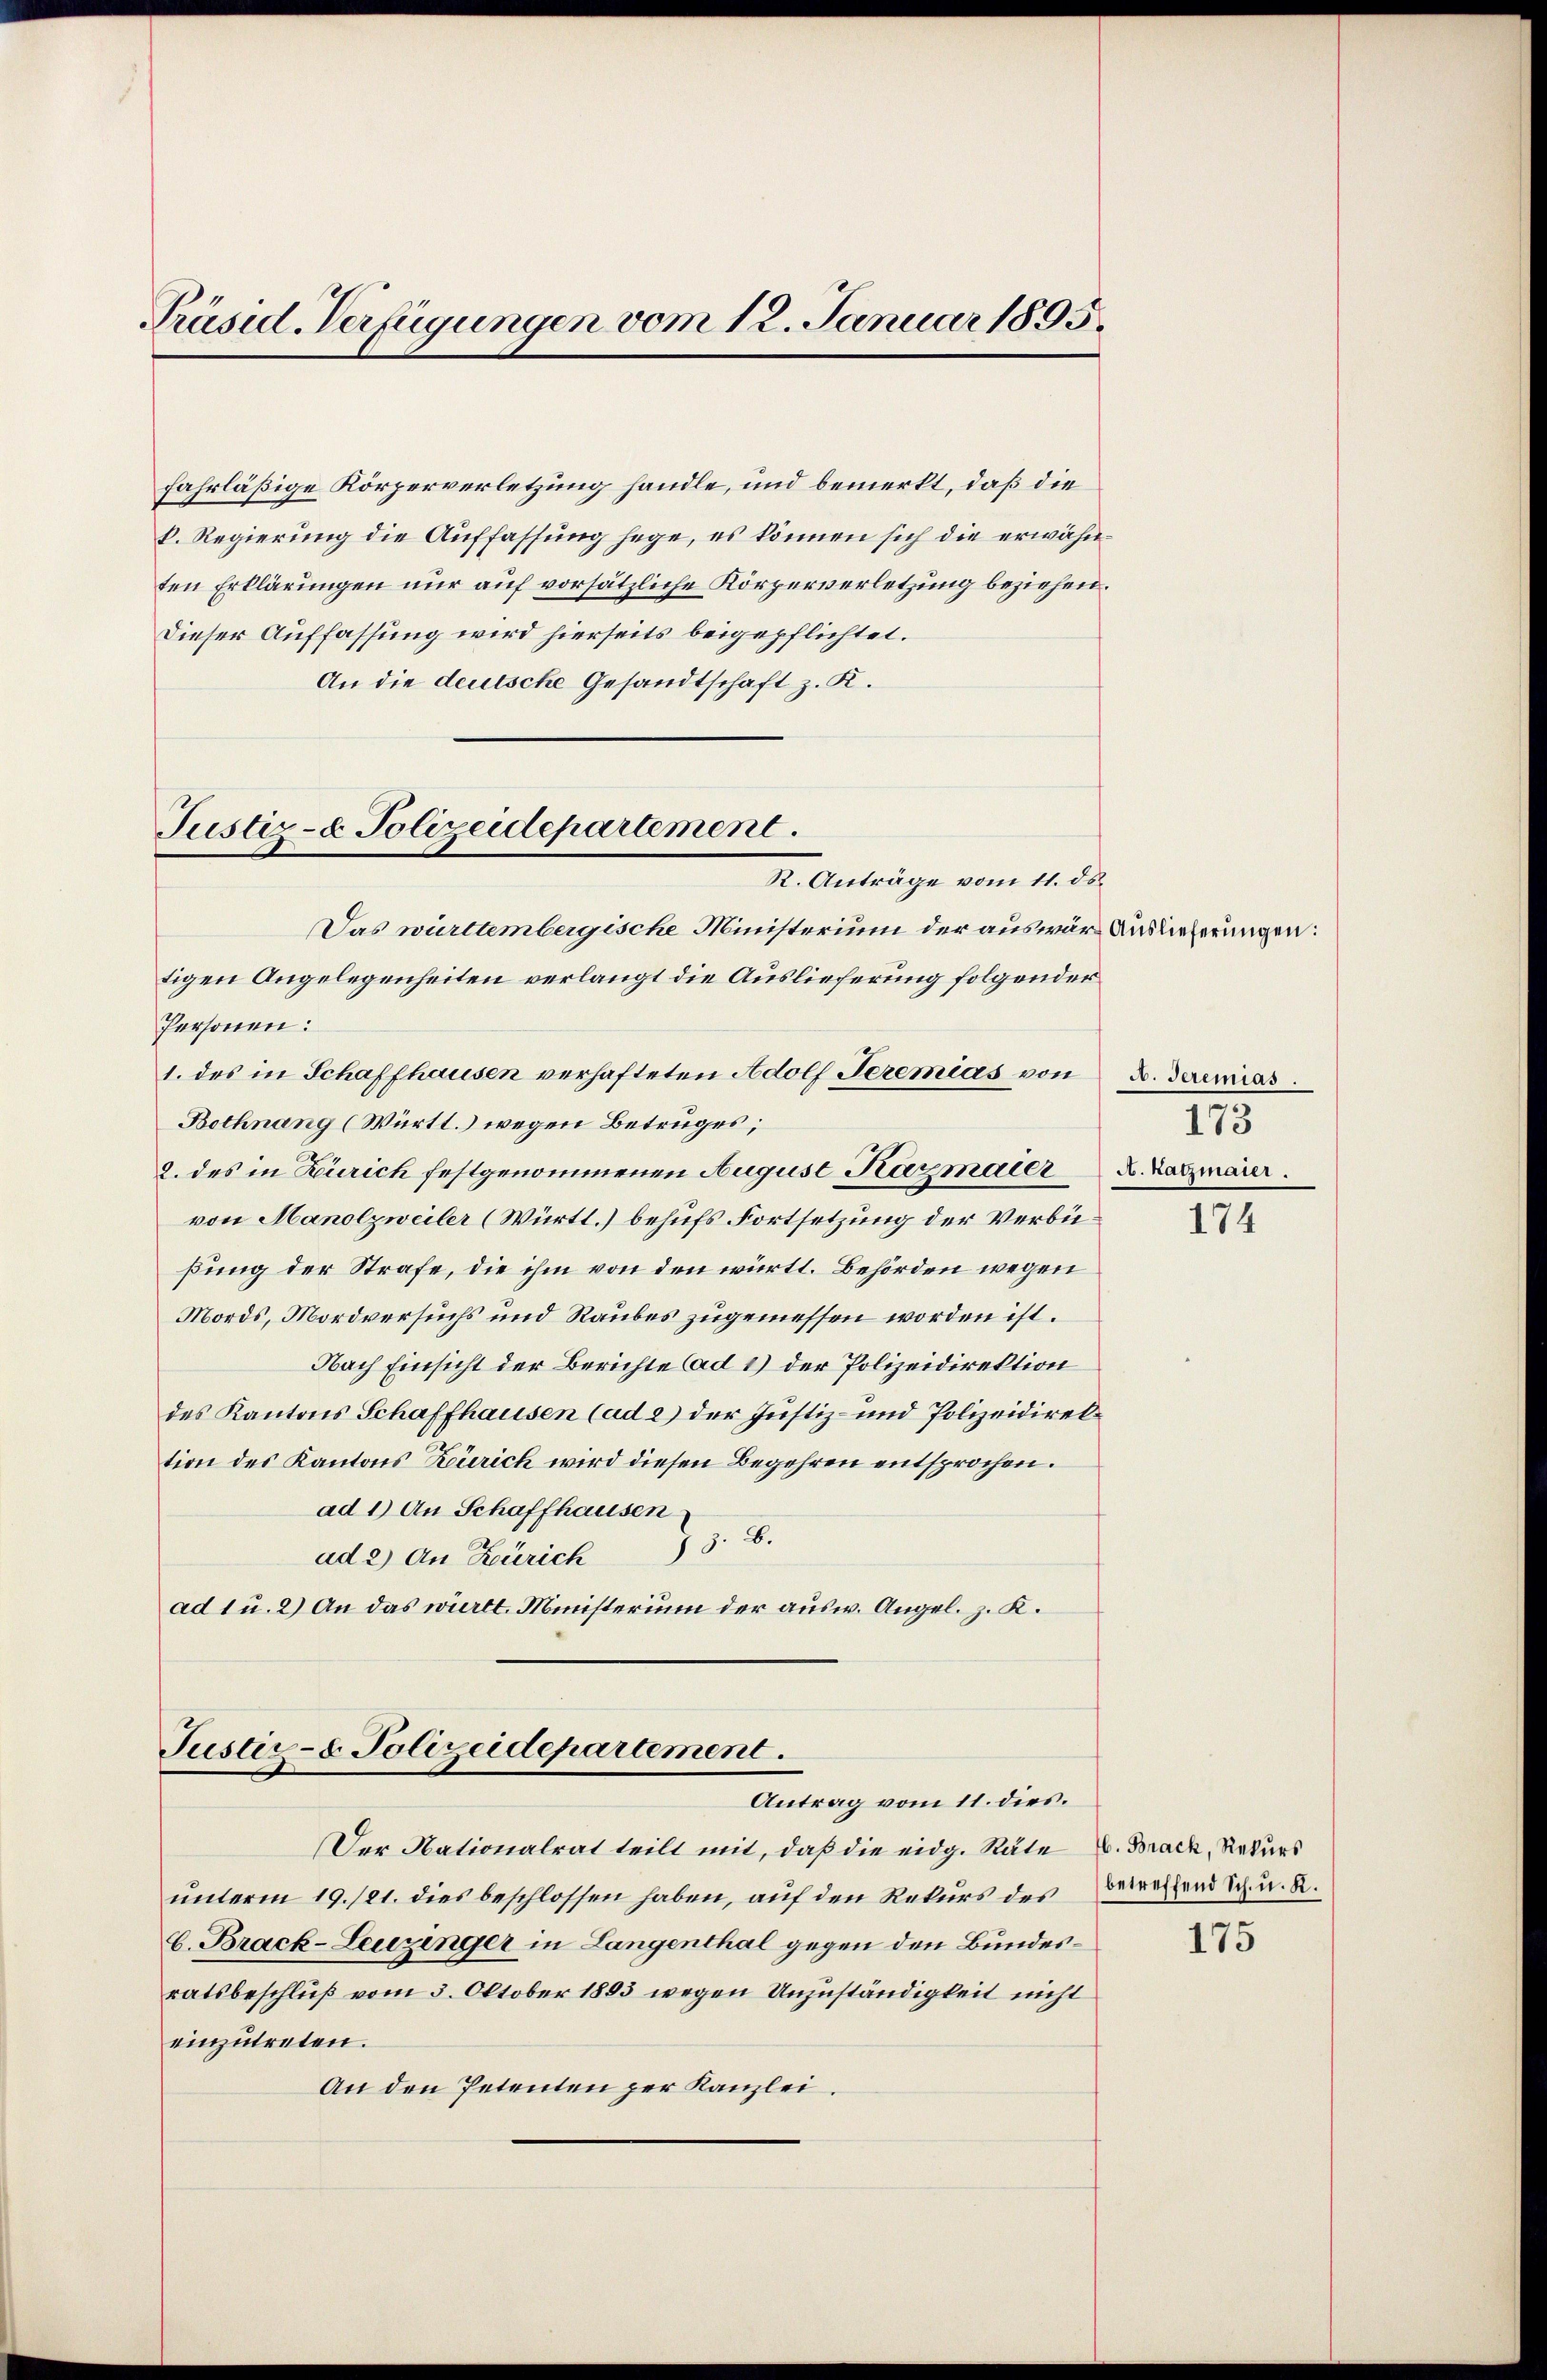
Präsid. Verfügungen vom 12. Januar 1895.

fahrläßige Körperverletzung handle, und bemerkt, daß die
k. Regierung die Auffassung hege, es können sich die erwähnten Erklärungen nur auf vorsätzliche Körperverletzung beziehen.
Dieser Auffassung wird hierseits beigepflichtet.
An die deutsche Gesandtschaft z. K.

Justiz- & Polizeidepartement.

R. Anträge vom 11. ds.
Das württembergische Ministerium der auswäre Auslieferungen:
tigen Angelegenheiten verlangt die Auslieferung folgender
Personen:
1. des in Schaffhausen verhafteten Adolf Teremias von
Bothnang (Württ.) wegen Betruges;
2. des in Zürich festgenommenen August Kazmaier. Hatzmaier.
von Manolzweiler (Württ.) behufs Fortsetzung der Verbüßung der Strafe, die ihm von den württ. Behörden wegen
Mords, Mordversuchs und Raubes zugemessen worden ist.
Nach Einsicht der Berichte (ad 1) der Polizeidirektion
des Kantons Schaffhausen (ad 2) der Justiz- und Polizeidirektion des Kantons Zürich wird diesen Begehren entsprochen.
ad 1) An Schaffhausen
§ 3. B.
ad 2) An Zürich
ad 1 u. 2) An das wirtt. Ministerium der ausw. Angel. z. K.

Justiz- & Polizeidepartement.
Antrag vom 11. dies.

Der Nationalrat teilt mit, daß die eidg. Räte u. Brack, Rekurs
unterm 19./21. dies beschlossen haben, auf den Rekurs des Beweihend ich u. A.
6. Brack-Leuzinger in Langenthal gegen den Bundesratsbeschluß vom 3. Oktober 1893 wegen Unzuständigkeit nicht
einzutreten.
An den Petenten per Kanzlei.

A. Jeremias.
173

174

175